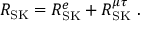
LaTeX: R _ { \mathrm { S K } } = R _ { \mathrm { S K } } ^ { e } + R _ { \mathrm { S K } } ^ { \mu \tau } \ .